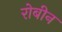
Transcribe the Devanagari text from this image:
रोबीन